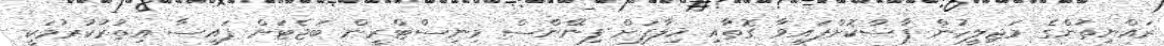
ރައްޔިތުންގެ މަޖިލީހުން ފާސްކޮށްފައިވާ ގޮތާއި ޚިލާފަށް ފިނޭންސް މިނިސްޓްރީން ބަޖެޓަށް ފައިސާ އިތުރުކުރުމަކީ